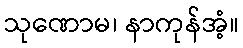
သုဏောမ၊ နာကုန်အံ့။